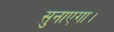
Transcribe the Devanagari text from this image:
सुनाएगा।